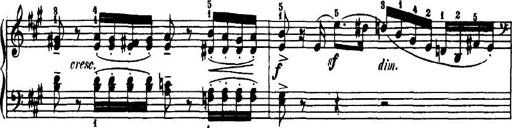
Title: 7 Sonatinas
Composer: Anton Diabelli